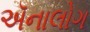
ઍનાલોગ